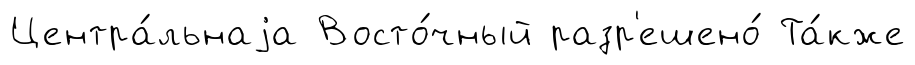
Центра́льнаjа Восто́чный разр'ешено́ Та́кже